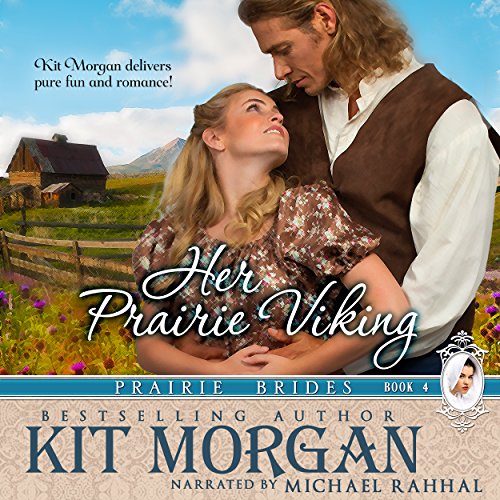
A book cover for Her Prairie Viking: Prairie Brides, Book Four; Kit Morgan; Romance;